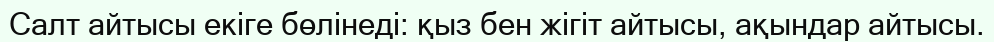
Салт айтысы екіге бөлінеді: қыз бен жігіт айтысы, ақындар айтысы.